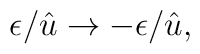
\epsilon/\hat{u} \rightarrow - \epsilon/\hat{u},